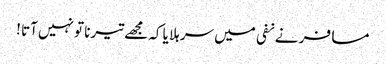
مسافر نے نفی میں سر ہلا یا کہ مجھے تیرنا تو نہیں آتا !